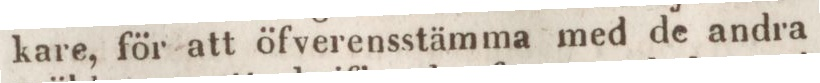
kare, för att öfverensstämma med de andra